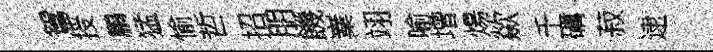
鴛授鵬猛愉哲招朋饑嶪翊喻增煬歘千礪菽逮